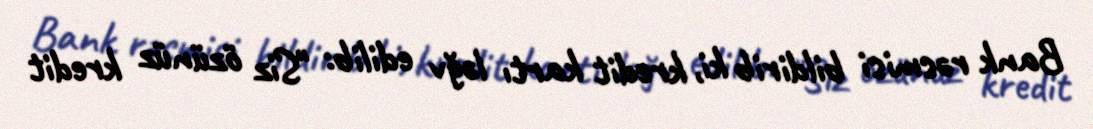
Bank rəsmisi bildirib ki, kredit kartı ləğv edilib: "Siz özünüz kredit